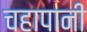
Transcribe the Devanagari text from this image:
चहापानी